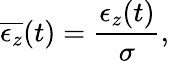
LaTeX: \overline{{\epsilon_{z}}}(t)=\frac{\epsilon_{z}(t)}{\sigma},